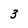
Character: 3